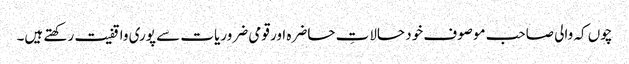
چوں کہ والی صاحب موصوف خود حالاتِ حاضرہ اور قومی ضروریات سے پوری واقفیت رکھتے ہیں۔